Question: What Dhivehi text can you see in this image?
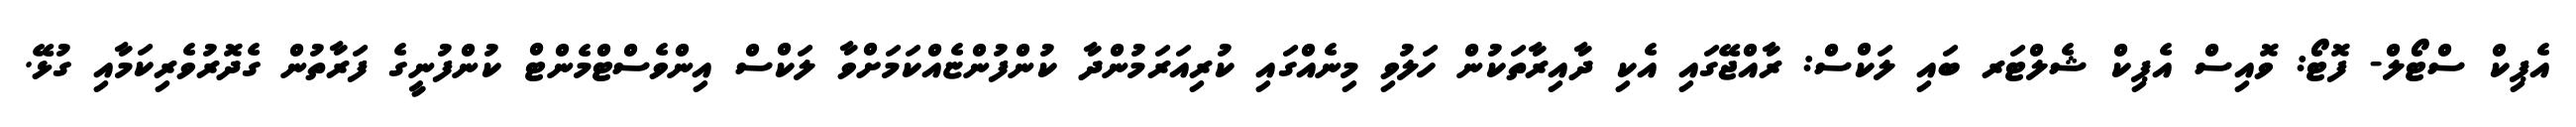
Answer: އެޕިކް ސްޓޯލް- ފޮޓޯ: ވޮއިސް އެޕިކް ޝެލްޓަރ ބައި ލަކްސް: ރާއްޖޭގައި އެކި ދާއިރާތަކުން ހަލުވި މިނެއްގައި ކުރިއަރަމުންދާ ކުންފުންޏެއްކަމަށްވާ ލަކްސް އިންވެސްޓްމެންޓް ކުންފުނީގެ ފަރާތުން ގެދޮރުވެރިކަމާއި ގުޅޭ.